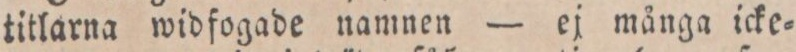
titlarna widfogade namnen — ej många icke=